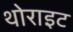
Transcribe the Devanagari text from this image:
थोराइट